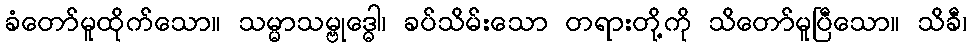
ခံတော်မူထိုက်သော။ သမ္မာသမ္ဗုဒ္ဓေါ၊ ခပ်သိမ်းသော တရားတို့ကို သိတော်မူပြီသော။ သိခီ၊